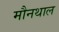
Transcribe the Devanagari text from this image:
मौनथाल